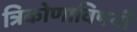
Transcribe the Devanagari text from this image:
त्रिकोणाविषयी